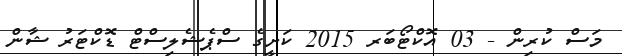
މަސް ކުރިން - 03 އޮކްޓޯބަރ 2015 ކަށީގެ ސްޕެޝެލިސްޓް ޑޮކްޓަރު ޝާން